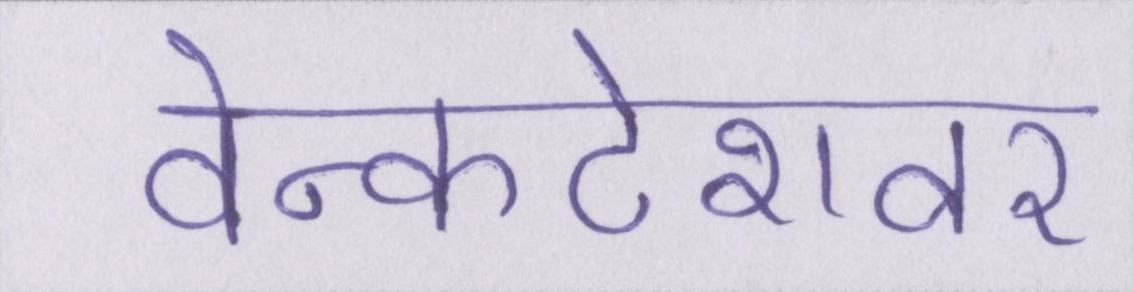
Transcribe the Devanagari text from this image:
वेन्कटेशवर